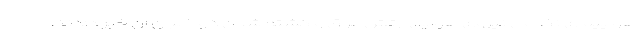
هواپیمای نظامی نیروی هوایی ارتش عراق و کشته شدن دو خلبان آن خبر دادند.